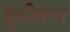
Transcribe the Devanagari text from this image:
सूचीबन्ध